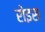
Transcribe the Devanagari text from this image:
रोइस